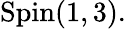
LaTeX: \mathrm{Spin}(1,3).